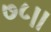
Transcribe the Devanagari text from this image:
७८।।